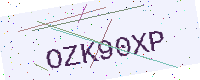
Text: OZK90XP